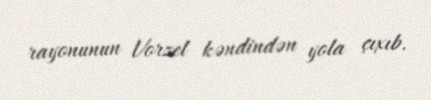
rayonunun Vorzel kəndindən yola çıxıb.